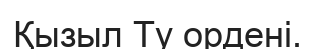
Қызыл Ту ордені.